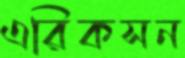
এরিকসন